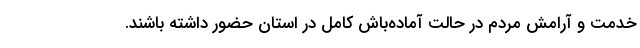
خدمت و آرامش مردم در حالت آماده‌باش کامل در استان حضور داشته باشند.